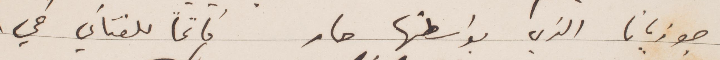
جوزيانا الذي بواسطتها صار كاتما للفتاني في